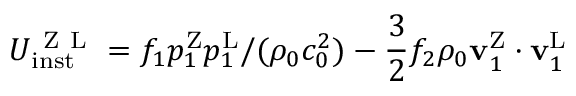
U _ { \mathrm { i n s t } } ^ { \mathrm { ~ Z ~ L ~ } } = f _ { 1 } p _ { 1 } ^ { \mathrm { Z } } p _ { 1 } ^ { \mathrm { L } } / ( \rho _ { 0 } c _ { 0 } ^ { 2 } ) - \frac { 3 } { 2 } f _ { 2 } \rho _ { 0 } \mathbf { v } _ { 1 } ^ { \mathrm { Z } } \cdot \mathbf { v } _ { 1 } ^ { \mathrm { L } }